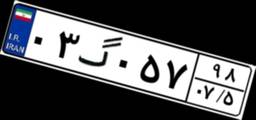
۰۳گ۰۵۷۹۸